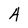
Character: 4